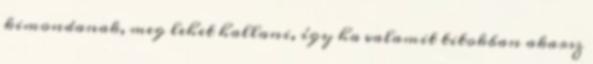
kimondanak, meg lehet hallani, így ha valamit titokban akarsz